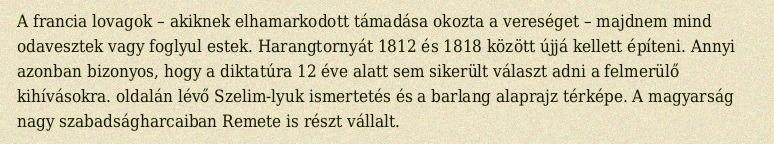
A francia lovagok – akiknek elhamarkodott támadása okozta a vereséget – majdnem mind odavesztek vagy foglyul estek. Harangtornyát 1812 és 1818 között újjá kellett építeni. Annyi azonban bizonyos, hogy a diktatúra 12 éve alatt sem sikerült választ adni a felmerülő kihívásokra. oldalán lévő Szelim-lyuk ismertetés és a barlang alaprajz térképe. A magyarság nagy szabadságharcaiban Remete is részt vállalt.